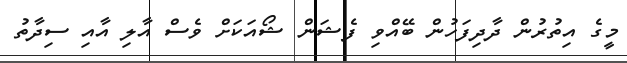
މީގެ އިތުރުން ދާދިފަހުން ބޭއްވި ފެޝަން ޝޯއަކަށް ވެސް އާލި އާއި ސިދާތު